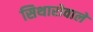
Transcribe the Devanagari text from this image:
सिथारोवाले